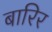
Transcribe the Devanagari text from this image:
बारिर